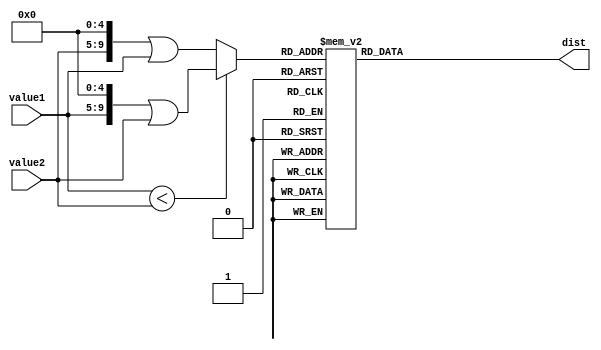
`timescale 1ns / 1ps
//////////////////////////////////////////////////////////////////////////////////
// Company: 
// Engineer: 
// 
// Design Name: 
// Module Name:    getDistance 
// Project Name: 
// Target Devices: 
// Tool versions: 
// Description: 
//
// Dependencies: 
//
// Revision: 
// Revision 0.01 - File Created
// Additional Comments: 
//
//////////////////////////////////////////////////////////////////////////////////
module getDistance(
    input [4:0] value1,
    input [4:0] value2,
    output reg [9:0] dist
    );
	
	wire [9:0] inp;

	assign inp = value1 < value2 ? ( value1 << 5 ) | value2 : ( value2 << 5 ) | value1;

	
	
	always @ *
	begin
		case(inp)
			10'b0000000001: dist = 9;
			  10'b0000000010: dist = 12;
			  10'b0000000011: dist = 23;
			  10'b0000000100: dist = 22;
			  10'b0000000101: dist = 33;
			  10'b0000000110: dist = 22;
			  10'b0000000111: dist = 33;
			  10'b0000001000: dist = 43;
			  10'b0000001001: dist = 47;
			  10'b0000001010: dist = 95;
			  10'b0000001011: dist = 47;
			  10'b0000001100: dist = 97;
			  10'b0000001101: dist = 95;
			  10'b0000001110: dist = 45;
			  10'b0000001111: dist = 91;
			  10'b0000010000: dist = 169;
			  10'b0000010001: dist = 66;
			  10'b0000010010: dist = 62;
			  10'b0000010011: dist = 71;
			  10'b0000010100: dist = 72;
			  10'b0000010101: dist = 85;
			  10'b0000010110: dist = 136;
			  10'b0000010111: dist = 116;
			  10'b0000011000: dist = 168;
			  10'b0000011001: dist = 178;
			  10'b0000011010: dist = 100;
			  10'b0000011011: dist = 65;
			  10'b0000011100: dist = 156;
			  10'b0000011101: dist = 68;
			  10'b0000100010: dist = 11;
			  10'b0000100011: dist = 13;
			  10'b0000100100: dist = 19;
			  10'b0000100101: dist = 23;
			  10'b0000100110: dist = 31;
			  10'b0000100111: dist = 23;
			  10'b0000101000: dist = 33;
			  10'b0000101001: dist = 40;
			  10'b0000101010: dist = 90;
			  10'b0000101011: dist = 48;
			  10'b0000101100: dist = 88;
			  10'b0000101101: dist = 91;
			  10'b0000101110: dist = 55;
			  10'b0000101111: dist = 81;
			  10'b0000110000: dist = 176;
			  10'b0000110001: dist = 63;
			  10'b0000110010: dist = 62;
			  10'b0000110011: dist = 69;
			  10'b0000110100: dist = 70;
			  10'b0000110101: dist = 92;
			  10'b0000110110: dist = 146;
			  10'b0000110111: dist = 109;
			  10'b0000111000: dist = 176;
			  10'b0000111001: dist = 185;
			  10'b0000111010: dist = 93;
			  10'b0000111011: dist = 55;
			  10'b0000111100: dist = 165;
			  10'b0000111101: dist = 58;
			  10'b0001000011: dist = 17;
			  10'b0001000100: dist = 31;
			  10'b0001000101: dist = 26;
			  10'b0001000110: dist = 32;
			  10'b0001000111: dist = 27;
			  10'b0001001000: dist = 36;
			  10'b0001001001: dist = 35;
			  10'b0001001010: dist = 83;
			  10'b0001001011: dist = 36;
			  10'b0001001100: dist = 86;
			  10'b0001001101: dist = 82;
			  10'b0001001110: dist = 54;
			  10'b0001001111: dist = 82;
			  10'b0001010000: dist = 181;
			  10'b0001010001: dist = 53;
			  10'b0001010010: dist = 51;
			  10'b0001010011: dist = 59;
			  10'b0001010100: dist = 60;
			  10'b0001010101: dist = 98;
			  10'b0001010110: dist = 143;
			  10'b0001010111: dist = 104;
			  10'b0001011000: dist = 180;
			  10'b0001011001: dist = 191;
			  10'b0001011010: dist = 87;
			  10'b0001011011: dist = 59;
			  10'b0001011100: dist = 167;
			  10'b0001011101: dist = 62;
			  10'b0001100100: dist = 27;
			  10'b0001100101: dist = 10;
			  10'b0001100110: dist = 45;
			  10'b0001100111: dist = 10;
			  10'b0001101000: dist = 20;
			  10'b0001101001: dist = 29;
			  10'b0001101010: dist = 80;
			  10'b0001101011: dist = 46;
			  10'b0001101100: dist = 75;
			  10'b0001101101: dist = 82;
			  10'b0001101110: dist = 68;
			  10'b0001101111: dist = 68;
			  10'b0001110000: dist = 189;
			  10'b0001110001: dist = 56;
			  10'b0001110010: dist = 59;
			  10'b0001110011: dist = 64;
			  10'b0001110100: dist = 65;
			  10'b0001110101: dist = 105;
			  10'b0001110110: dist = 159;
			  10'b0001110111: dist = 96;
			  10'b0001111000: dist = 189;
			  10'b0001111001: dist = 197;
			  10'b0001111010: dist = 81;
			  10'b0001111011: dist = 42;
			  10'b0001111100: dist = 179;
			  10'b0001111101: dist = 45;
			  10'b0010000101: dist = 33;
			  10'b0010000110: dist = 34;
			  10'b0010000111: dist = 33;
			  10'b0010001000: dist = 42;
			  10'b0010001001: dist = 57;
			  10'b0010001010: dist = 108;
			  10'b0010001011: dist = 67;
			  10'b0010001100: dist = 100;
			  10'b0010001101: dist = 109;
			  10'b0010001110: dist = 55;
			  10'b0010001111: dist = 88;
			  10'b0010010000: dist = 164;
			  10'b0010010001: dist = 83;
			  10'b0010010010: dist = 82;
			  10'b0010010011: dist = 89;
			  10'b0010010100: dist = 90;
			  10'b0010010101: dist = 81;
			  10'b0010010110: dist = 146;
			  10'b0010010111: dist = 123;
			  10'b0010011000: dist = 165;
			  10'b0010011001: dist = 171;
			  10'b0010011010: dist = 108;
			  10'b0010011011: dist = 59;
			  10'b0010011100: dist = 159;
			  10'b0010011101: dist = 61;
			  10'b0010100110: dist = 55;
			  10'b0010100111: dist = 1;
			  10'b0010101000: dist = 10;
			  10'b0010101001: dist = 25;
			  10'b0010101010: dist = 76;
			  10'b0010101011: dist = 50;
			  10'b0010101100: dist = 67;
			  10'b0010101101: dist = 79;
			  10'b0010101110: dist = 78;
			  10'b0010101111: dist = 58;
			  10'b0010110000: dist = 197;
			  10'b0010110001: dist = 56;
			  10'b0010110010: dist = 61;
			  10'b0010110011: dist = 66;
			  10'b0010110100: dist = 66;
			  10'b0010110101: dist = 114;
			  10'b0010110110: dist = 169;
			  10'b0010110111: dist = 89;
			  10'b0010111000: dist = 198;
			  10'b0010111001: dist = 205;
			  10'b0010111010: dist = 74;
			  10'b0010111011: dist = 32;
			  10'b0010111100: dist = 188;
			  10'b0010111101: dist = 35;
			  10'b0011000111: dist = 55;
			  10'b0011001000: dist = 65;
			  10'b0011001001: dist = 68;
			  10'b0011001010: dist = 114;
			  10'b0011001011: dist = 60;
			  10'b0011001100: dist = 118;
			  10'b0011001101: dist = 111;
			  10'b0011001110: dist = 23;
			  10'b0011001111: dist = 113;
			  10'b0011010000: dist = 149;
			  10'b0011010001: dist = 82;
			  10'b0011010010: dist = 74;
			  10'b0011010011: dist = 84;
			  10'b0011010100: dist = 85;
			  10'b0011010101: dist = 67;
			  10'b0011010110: dist = 114;
			  10'b0011010111: dist = 137;
			  10'b0011011000: dist = 148;
			  10'b0011011001: dist = 160;
			  10'b0011011010: dist = 120;
			  10'b0011011011: dist = 86;
			  10'b0011011100: dist = 135;
			  10'b0011011101: dist = 89;
			  10'b0011101000: dist = 10;
			  10'b0011101001: dist = 26;
			  10'b0011101010: dist = 77;
			  10'b0011101011: dist = 51;
			  10'b0011101100: dist = 67;
			  10'b0011101101: dist = 80;
			  10'b0011101110: dist = 78;
			  10'b0011101111: dist = 57;
			  10'b0011110000: dist = 197;
			  10'b0011110001: dist = 58;
			  10'b0011110010: dist = 63;
			  10'b0011110011: dist = 67;
			  10'b0011110100: dist = 68;
			  10'b0011110101: dist = 113;
			  10'b0011110110: dist = 169;
			  10'b0011110111: dist = 89;
			  10'b0011111000: dist = 198;
			  10'b0011111001: dist = 204;
			  10'b0011111010: dist = 75;
			  10'b0011111011: dist = 32;
			  10'b0011111100: dist = 189;
			  10'b0011111101: dist = 35;
			  10'b0100001001: dist = 25;
			  10'b0100001010: dist = 73;
			  10'b0100001011: dist = 56;
			  10'b0100001100: dist = 59;
			  10'b0100001101: dist = 77;
			  10'b0100001110: dist = 88;
			  10'b0100001111: dist = 48;
			  10'b0100010000: dist = 206;
			  10'b0100010001: dist = 58;
			  10'b0100010010: dist = 66;
			  10'b0100010011: dist = 69;
			  10'b0100010100: dist = 69;
			  10'b0100010101: dist = 123;
			  10'b0100010110: dist = 179;
			  10'b0100010111: dist = 82;
			  10'b0100011000: dist = 207;
			  10'b0100011001: dist = 213;
			  10'b0100011010: dist = 68;
			  10'b0100011011: dist = 22;
			  10'b0100011100: dist = 198;
			  10'b0100011101: dist = 25;
			  10'b0100101010: dist = 51;
			  10'b0100101011: dist = 35;
			  10'b0100101100: dist = 50;
			  10'b0100101101: dist = 53;
			  10'b0100101110: dist = 90;
			  10'b0100101111: dist = 52;
			  10'b0100110000: dist = 216;
			  10'b0100110001: dist = 33;
			  10'b0100110010: dist = 42;
			  10'b0100110011: dist = 44;
			  10'b0100110100: dist = 44;
			  10'b0100110101: dist = 133;
			  10'b0100110110: dist = 176;
			  10'b0100110111: dist = 68;
			  10'b0100111000: dist = 216;
			  10'b0100111001: dist = 225;
			  10'b0100111010: dist = 52;
			  10'b0100111011: dist = 41;
			  10'b0100111100: dist = 203;
			  10'b0100111101: dist = 44;
			  10'b0101001011: dist = 58;
			  10'b0101001100: dist = 41;
			  10'b0101001101: dist = 11;
			  10'b0101001110: dist = 132;
			  10'b0101001111: dist = 64;
			  10'b0101010000: dist = 263;
			  10'b0101010001: dist = 35;
			  10'b0101010010: dist = 50;
			  10'b0101010011: dist = 41;
			  10'b0101010100: dist = 40;
			  10'b0101010101: dist = 181;
			  10'b0101010110: dist = 210;
			  10'b0101010111: dist = 35;
			  10'b0101011000: dist = 262;
			  10'b0101011001: dist = 274;
			  10'b0101011010: dist = 21;
			  10'b0101011011: dist = 77;
			  10'b0101011100: dist = 245;
			  10'b0101011101: dist = 79;
			  10'b0101101100: dist = 78;
			  10'b0101101101: dist = 54;
			  10'b0101101110: dist = 75;
			  10'b0101101111: dist = 86;
			  10'b0101110000: dist = 207;
			  10'b0101110001: dist = 24;
			  10'b0101110010: dist = 14;
			  10'b0101110011: dist = 24;
			  10'b0101110100: dist = 25;
			  10'b0101110101: dist = 126;
			  10'b0101110110: dist = 151;
			  10'b0101110111: dist = 89;
			  10'b0101111000: dist = 205;
			  10'b0101111001: dist = 219;
			  10'b0101111010: dist = 71;
			  10'b0101111011: dist = 75;
			  10'b0101111100: dist = 186;
			  10'b0101111101: dist = 78;
			  10'b0110001101: dist = 52;
			  10'b0110001110: dist = 140;
			  10'b0110001111: dist = 26;
			  10'b0110010000: dist = 264;
			  10'b0110010001: dist = 61;
			  10'b0110010010: dist = 77;
			  10'b0110010011: dist = 71;
			  10'b0110010100: dist = 71;
			  10'b0110010101: dist = 181;
			  10'b0110010110: dist = 227;
			  10'b0110010111: dist = 25;
			  10'b0110011000: dist = 264;
			  10'b0110011001: dist = 272;
			  10'b0110011010: dist = 21;
			  10'b0110011011: dist = 50;
			  10'b0110011100: dist = 253;
			  10'b0110011101: dist = 51;
			  10'b0110101110: dist = 129;
			  10'b0110101111: dist = 74;
			  10'b0110110000: dist = 261;
			  10'b0110110001: dist = 30;
			  10'b0110110010: dist = 43;
			  10'b0110110011: dist = 33;
			  10'b0110110100: dist = 32;
			  10'b0110110101: dist = 179;
			  10'b0110110110: dist = 203;
			  10'b0110110111: dist = 46;
			  10'b0110111000: dist = 259;
			  10'b0110111001: dist = 272;
			  10'b0110111010: dist = 32;
			  10'b0110111011: dist = 84;
			  10'b0110111100: dist = 240;
			  10'b0110111101: dist = 86;
			  10'b0111001111: dist = 136;
			  10'b0111010000: dist = 132;
			  10'b0111010001: dist = 99;
			  10'b0111010010: dist = 88;
			  10'b0111010011: dist = 98;
			  10'b0111010100: dist = 100;
			  10'b0111010101: dist = 54;
			  10'b0111010110: dist = 91;
			  10'b0111010111: dist = 158;
			  10'b0111011000: dist = 129;
			  10'b0111011001: dist = 145;
			  10'b0111011010: dist = 141;
			  10'b0111011011: dist = 110;
			  10'b0111011100: dist = 113;
			  10'b0111011101: dist = 112;
			  10'b0111110000: dist = 253;
			  10'b0111110001: dist = 74;
			  10'b0111110010: dist = 89;
			  10'b0111110011: dist = 86;
			  10'b0111110100: dist = 86;
			  10'b0111110101: dist = 170;
			  10'b0111110110: dist = 226;
			  10'b0111110111: dist = 50;
			  10'b0111111000: dist = 254;
			  10'b0111111001: dist = 258;
			  10'b0111111010: dist = 47;
			  10'b0111111011: dist = 31;
			  10'b0111111100: dist = 246;
			  10'b0111111101: dist = 30;
			  10'b1000010001: dist = 230;
			  10'b1000010010: dist = 220;
			  10'b1000010011: dist = 231;
			  10'b1000010100: dist = 232;
			  10'b1000010101: dist = 83;
			  10'b1000010110: dist = 105;
			  10'b1000010111: dist = 285;
			  10'b1000011000: dist = 10;
			  10'b1000011001: dist = 22;
			  10'b1000011010: dist = 269;
			  10'b1000011011: dist = 222;
			  10'b1000011100: dist = 49;
			  10'b1000011101: dist = 224;
			  10'b1000110010: dist = 16;
			  10'b1000110011: dist = 11;
			  10'b1000110100: dist = 11;
			  10'b1000110101: dist = 149;
			  10'b1000110110: dist = 175;
			  10'b1000110111: dist = 66;
			  10'b1000111000: dist = 228;
			  10'b1000111001: dist = 242;
			  10'b1000111010: dist = 49;
			  10'b1000111011: dist = 72;
			  10'b1000111100: dist = 210;
			  10'b1000111101: dist = 75;
			  10'b1001010011: dist = 10;
			  10'b1001010100: dist = 11;
			  10'b1001010101: dist = 140;
			  10'b1001010110: dist = 160;
			  10'b1001010111: dist = 83;
			  10'b1001011000: dist = 218;
			  10'b1001011001: dist = 233;
			  10'b1001011010: dist = 66;
			  10'b1001011011: dist = 83;
			  10'b1001011100: dist = 197;
			  10'b1001011101: dist = 86;
			  10'b1001110100: dist = 1;
			  10'b1001110101: dist = 150;
			  10'b1001110110: dist = 170;
			  10'b1001110111: dist = 75;
			  10'b1001111000: dist = 228;
			  10'b1001111001: dist = 243;
			  10'b1001111010: dist = 58;
			  10'b1001111011: dist = 84;
			  10'b1001111100: dist = 208;
			  10'b1001111101: dist = 87;
			  10'b1010010101: dist = 151;
			  10'b1010010110: dist = 171;
			  10'b1010010111: dist = 74;
			  10'b1010011000: dist = 229;
			  10'b1010011001: dist = 244;
			  10'b1010011010: dist = 57;
			  10'b1010011011: dist = 84;
			  10'b1010011100: dist = 209;
			  10'b1010011101: dist = 87;
			  10'b1010110110: dist = 92;
			  10'b1010110111: dist = 201;
			  10'b1010111000: dist = 84;
			  10'b1010111001: dist = 93;
			  10'b1010111010: dist = 185;
			  10'b1010111011: dist = 139;
			  10'b1010111100: dist = 82;
			  10'b1010111101: dist = 141;
			  10'b1011010111: dist = 240;
			  10'b1011011000: dist = 97;
			  10'b1011011001: dist = 128;
			  10'b1011011010: dist = 223;
			  10'b1011011011: dist = 201;
			  10'b1011011100: dist = 58;
			  10'b1011011101: dist = 204;
			  10'b1011111000: dist = 285;
			  10'b1011111001: dist = 293;
			  10'b1011111010: dist = 17;
			  10'b1011111011: dist = 76;
			  10'b1011111100: dist = 271;
			  10'b1011111101: dist = 76;
			  10'b1100011001: dist = 32;
			  10'b1100011010: dist = 268;
			  10'b1100011011: dist = 223;
			  10'b1100011100: dist = 39;
			  10'b1100011101: dist = 225;
			  10'b1100111010: dist = 278;
			  10'b1100111011: dist = 227;
			  10'b1100111100: dist = 72;
			  10'b1100111101: dist = 228;
			  10'b1101011011: dist = 66;
			  10'b1101011100: dist = 254;
			  10'b1101011101: dist = 67;
			  10'b1101111100: dist = 218;
			  10'b1101111101: dist = 3;
			  10'b1110011101: dist = 220;
		  default: dist = 5;


		endcase
		
	end

endmodule